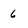
Character: 6